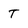
Character: T